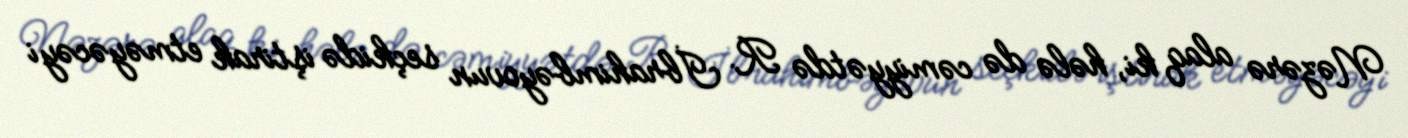
Nəzərə alaq ki, hələ də cəmiyyətdə R. İbrahimbəyovun seçkidə iştirak etməyəcəyi